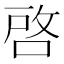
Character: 啓